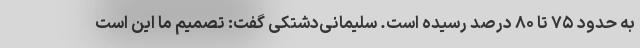
به حدود ۷۵ تا ۸۰ درصد رسیده است. سلیمانی‌دشتکی گفت: تصمیم ما این است